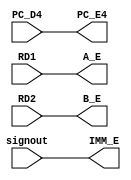
module ID_EX(PC_D4, RD1, RD2, signout, PC_E4, A_E, B_E, IMM_E);

    input [31:0] PC_D4;
    input [31:0] RD1;
    input [31:0] RD2;
    input [31:0] signout;
    output reg [31:0] PC_E4;
    output reg [31:0] A_E;
    output reg [31:0] B_E;
    output reg [31:0] IMM_E;

    always @(*) begin
        PC_E4 <= PC_D4;
        A_E <= RD1;
        B_E <= RD2;
        IMM_E <= signout;
    end


endmodule